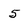
Character: 5